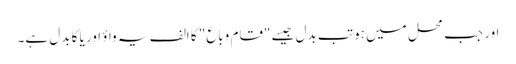
اور جب محل میں ہو تب بدل جیسے "قام وباع" کا الف یہ واؤ اور یا کا بدل ہے۔